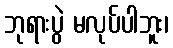
ဘုရားပွဲ မလုပ်ပါဘူး၊